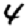
Digit: 4